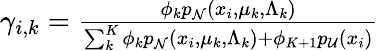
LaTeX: \begin{array}{r}{\gamma_{i,k}=\frac{\phi_{k}p_{\mathcal N}(x_{i},\mu_{k},\Lambda_{k})}{\sum_{k}^{K}\phi_{k}p_{\mathcal N}(x_{i},\mu_{k},\Lambda_{k})+\phi_{K+1}p_{\mathcal{U}}(x_{i})}}\end{array}